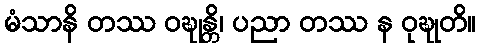
မံသာနိ တဿ ဝဍ္ဎုန္တိ၊ ပညာ တဿ န ဝုဍ္ဎုတိ။